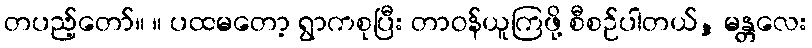
တပည့်တော်။ ။ ပထမတော့ ရွာကစုပြီး တာဝန်ယူကြဖို့ စီစဉ်ပါတယ်, မန္တလေး